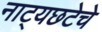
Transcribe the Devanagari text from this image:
नाट्यछटेचे